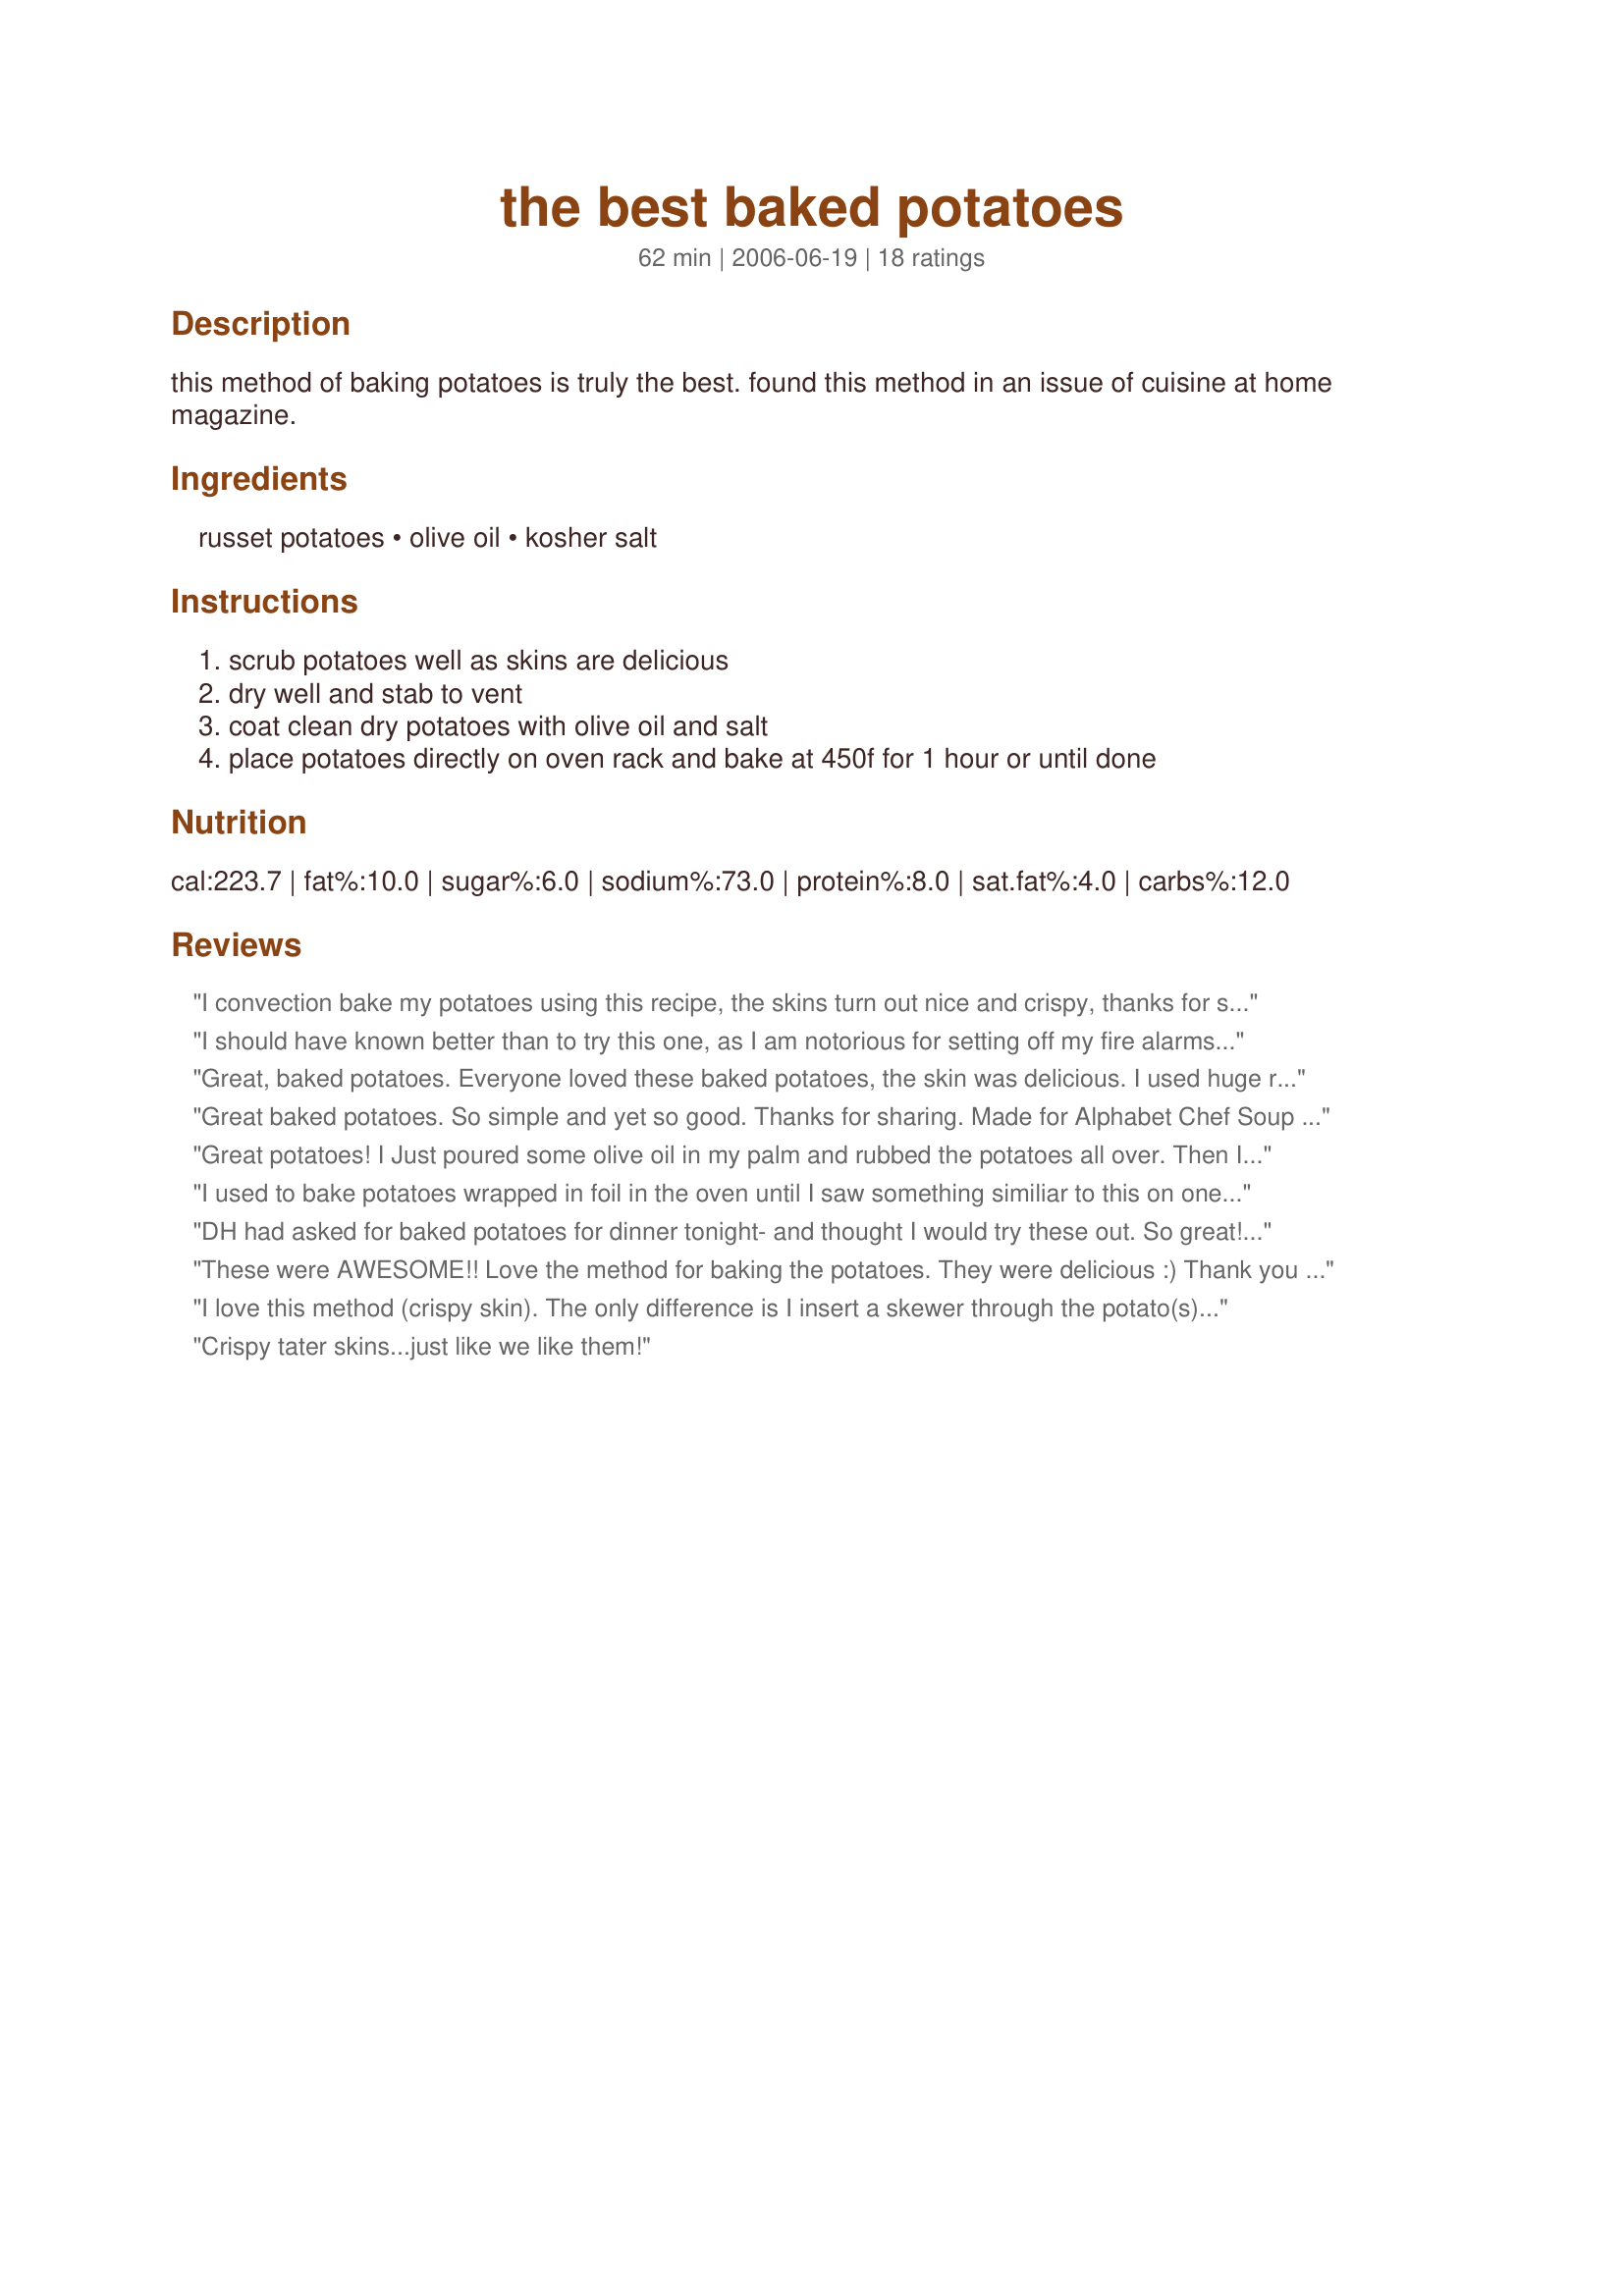
the best baked potatoes
Preparation time: 62 minutes

this method of baking potatoes is truly the best. found this method in an issue of cuisine at home magazine.

Ingredients:
russet potatoes, olive oil, kosher salt

Steps:
scrub potatoes well as skins are delicious, dry well and stab to vent, coat clean dry potatoes with olive oil and salt, place potatoes directly on oven rack and bake at 450f for 1 hour or until done

Reviews:
I convection bake my potatoes using this recipe, the skins turn out nice and crispy, thanks for sharing!...Kitten:)
I should have known better than to try this one, as I am notorious for setting off my fire alarms in my kitchen....I think I put too much oil on them and then they dripped onto the bottom and really started smoking....so took them out and cleaned up the bottom of my oven, and put them back on laying on a pan....may not turn out as krispy, but a heck alot easier on the cook...(and the dog that runs out in the garage when the alarms go off...ha ha..
Great, baked potatoes. Everyone loved these baked potatoes, the skin was delicious. I used huge russet potatoes the time was right on. Thank you for posting the recipe!
Great baked potatoes. So simple and yet so good. Thanks for sharing. Made for Alphabet Chef Soup Tag.
Great potatoes! I Just poured some olive oil in my palm and rubbed the potatoes all over. Then I used sea salt as I had no kosher. The baking time was right on. You would not think a little oil and salt would make such a difference...Thanks TXOLDHAM
I used to bake potatoes wrapped in foil in the oven until I saw something similiar to this on one of Alton Brown's show. I love the crispiness of the skins baked this way. We had them for lunch today and they reminded me of restaurant potatoes, like Red Lobster's which I love. I did prick the potatoes with the fork tines and used sea salt. Also if you'll put a pan underneath the potatoes you wont have to worry about oil dripping on the stove bottom. Great Taters! Thanks for sharing this recipe.
DH had asked for baked potatoes for dinner tonight- and thought I would try these out. So great! Thanks so much for sharing. No changes necessary.
These were AWESOME!! Love the method for baking the potatoes. They were delicious :)
Thank you for sharing the recipe!
I love this method (crispy skin). The only difference is I insert a skewer through the potato(s) to ensure quick easy cooking.
Crispy tater skins...just like we like them!
Made these for our dinner to go along with beef tenderloin and a green salad...a wonderful and tasty side! This was sooo simple. Made for Zaar Chef Alphabet Soup Tag game.
These were great! I meant to put potatoes in the crockpot this morning before running errands, and forgot, so I searched for a replacement recipe and found this one. Great potatoes! My oven took about 1 hour and 15 minutes, and I put a cookie sheet under them to catch the oil. The skins were nice and crispy. Thanks for sharing!
I forgot to rate these when we first tried them, but they were just terrific. I've made them several times since and always enjoyed them. And the bonus: if I put the olive oil in my hand to rub on the potatoes, my skin stays nice and soft even after washing well! Thanks so much, TXOLDHAM. (And we love your name. . . .)
The only way I do baked potatoes now. Nuff said... :) Thanks for posting!!
I cannot believe I haven't rated this recipe...it is excellent and our family favorite...thanks for sharing it.
I adore potato skins so this was perfect! Yum!
These really are great baked potatoes. I think the kosher salt really makes a difference. Instead of stabbing the potato, I made a 1/4 inch slice around the raw potato. When it is baked it breaks in half easily. Thanks for posting such a simple delicious recipe.
Although I consider myself a great cook, I have never been able to get my baked potatoes like the restaurant makes them. Mine always came out with soft skins. This recipe is GREAT! They came out perfect last night. Thanks for posting it... Alan Leonetti
